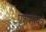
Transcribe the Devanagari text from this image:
प्रशंसापत्रे